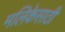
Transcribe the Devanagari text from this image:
मलिकेसाठी